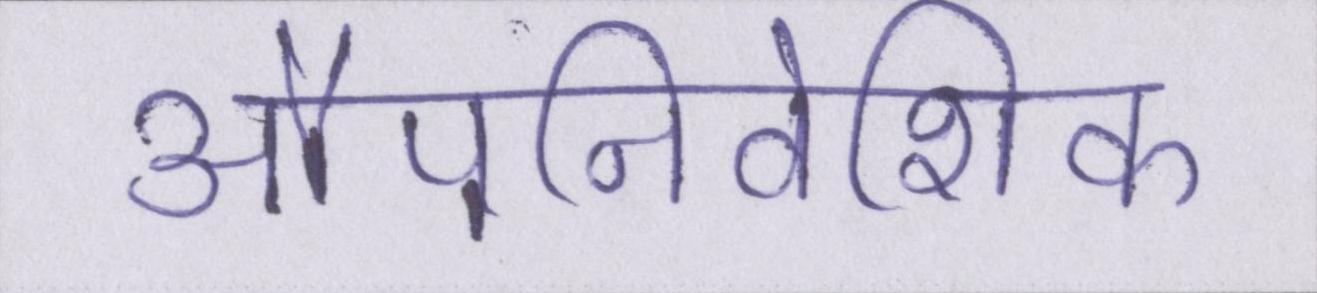
औपनिवेशिक